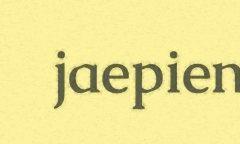
jaepien